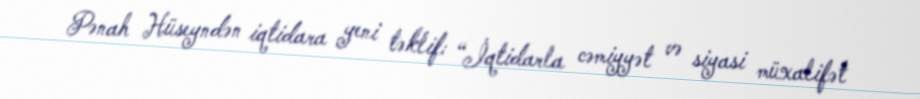
Pənah Hüseyndən iqtidara yeni təklif: “İqtidarla cəmiyyət və siyasi müxalifət